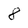
Character: 8